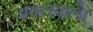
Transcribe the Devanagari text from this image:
अक्लवाले।